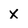
Character: X